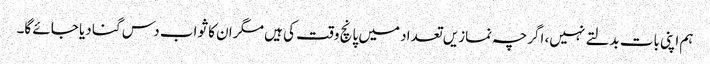
ہم اپنی بات بدلتے نہیں، اگرچہ نمازیں تعداد میں پانچ وقت کی ہیں مگر ان کا ثواب دس گنا دیا جائے گا۔